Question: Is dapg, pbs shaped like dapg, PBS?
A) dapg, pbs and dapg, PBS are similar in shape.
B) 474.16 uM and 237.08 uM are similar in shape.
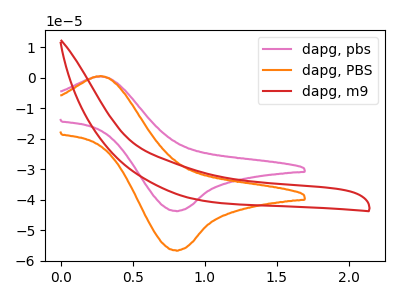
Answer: <think>The pink curve "dapg, pbs" has an anodic peak at (0.30V, 0.40uA) and a cathodic peak at (0.80V, -43.65uA). The orange curve "dapg, PBS" has an anodic peak at (0.30V, 0.55uA) and a cathodic peak at (0.80V, -56.55uA). The red curve "dapg, m9" has no peaks.
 All the peaks in "dapg, pbs" have a peak in "dapg, PBS" at the same potential. Every peak in "dapg, pbs" is lower than every peak in "dapg, PBS".</think>
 <answer>A) "dapg, pbs" and "dapg, PBS" are similar in shape.</answer>
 <eval>A</eval>